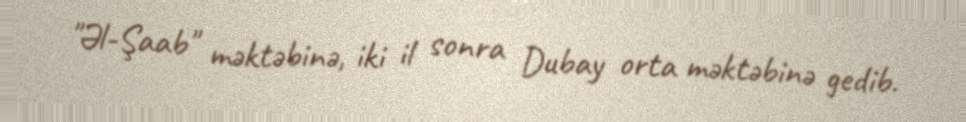
"Əl-Şaab" məktəbinə, iki il sonra Dubay orta məktəbinə gedib.